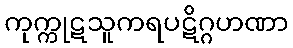
ကုက္ကုဋသူကရပဋိဂ္ဂဟဏာ